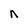
Character: n